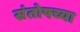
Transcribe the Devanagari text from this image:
संतोषच्या